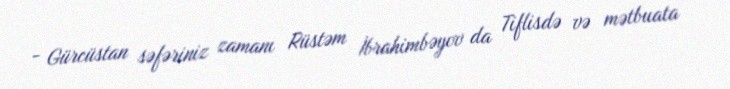
- Gürcüstan səfəriniz zamanı Rüstəm İbrahimbəyov da Tiflisdə və mətbuata